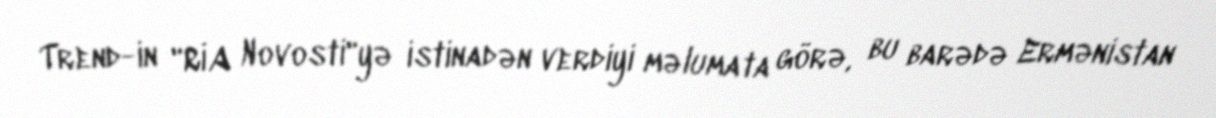
Trend-in "RİA Novosti"yə istinadən verdiyi məlumata görə, bu barədə Ermənistan